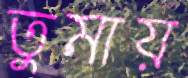
তুমায়